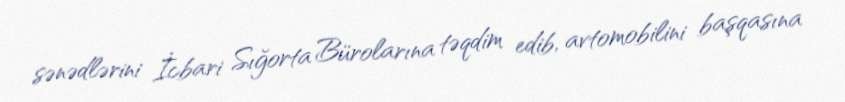
sənədlərini İcbari Sığorta Bürolarına təqdim edib, avtomobilini başqasına